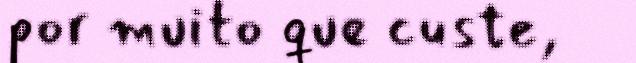
por muito que custe,